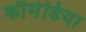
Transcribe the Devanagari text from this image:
कौमेडिया